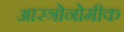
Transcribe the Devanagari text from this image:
आस्त्रोनोमीक